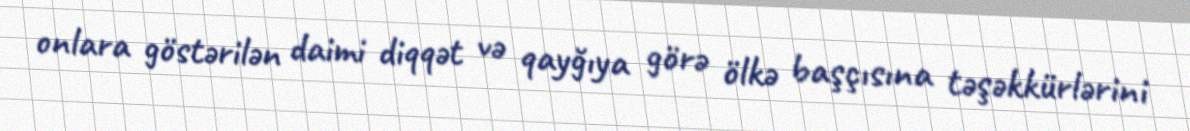
onlara göstərilən daimi diqqət və qayğıya görə ölkə başçısına təşəkkürlərini